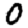
Digit: 0